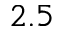
2 . 5